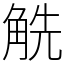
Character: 䚚